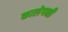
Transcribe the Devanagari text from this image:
कालेपक्षी